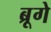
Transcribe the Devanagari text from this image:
ब्रूगे